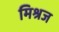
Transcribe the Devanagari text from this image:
मिश्रज